Malaria in the Punjab - Number 46
Disease focus: Malaria
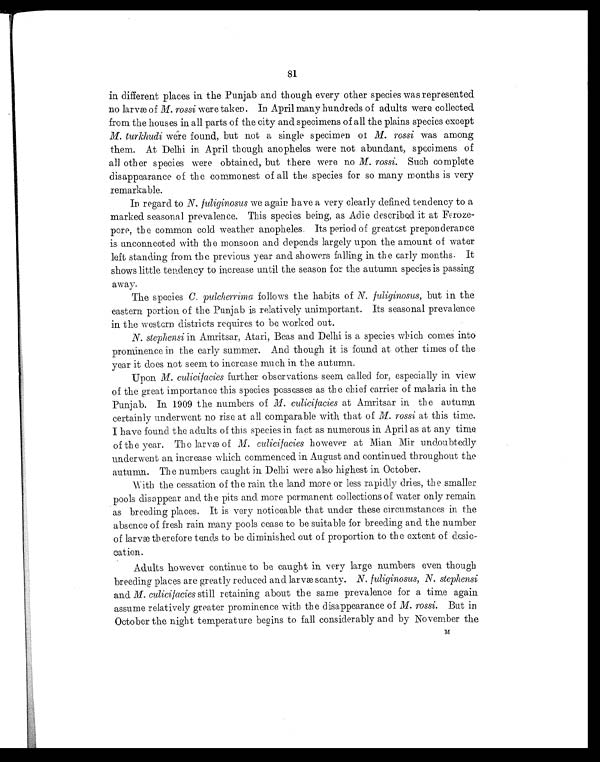
81
in different places in the Punjab and though every other species was represented
no larvæ of M. rossi were taken. In April many hundreds of adults were collected
from the houses in all parts of the city and specimens of all the plains species except
M. turkhudi were found, but not a single specimen of M. rossi was among
them. At Delhi in April though anopheles were not abundant, specimens of
all other species were obtained, but there were no M. rossi. Such complete
disappearance of the commonest of all the species for so many months is very
remarkable.
In regard. to N. fuliginosus we again have a very clearly defined tendency to a
marked seasonal prevalence. This species being, as Adie described it at Fcroze-
pore, the common cold weather anopheles. Its period of greatest preponderance
is unconnected with the monsoon and depends largely upon the amount of water
left standing from th e previous year and showers falling in the early months. It
shows little tendency to increase until the season for the autumn species is passing
away.
The species C. pulcherrima follows the habits of N. fuliginosus, but in the
eastern portion of the Punjab is relatively unimportant. Its seasonal prevalence
in the western districts requires to be worked out.
N. stephensi in Amritsar, Atari, Beas and Delhi is a species which comes into
prominence in the early summer. And though. it is found at other times of the
year it does not seem to increase much in the autumn.
Upon M. culicifacies further observations seem called for, especially in view
of the great importance this species possesses as the chief carrier of malaria in the
Punjab. In 1909 the numbers of M. culicifacies at Amritsar in the autumn
certainly underwent no rise at all comparable with that of M. rossi at this time.
I have found the adults of this species in fact as numerous in April as at any time
of the year. The larvæ of M. culicifacies however at Mian Mir undoubtedly
underwent an increase which commenced in August and continued throughout the
autumn. The numbers caught in Delhi were also highest in October.
With the cessation of the rain the land more or less rapidly dries, the smaller
pools disappear and the pits and more permanent collections of water only remain
as breeding places. It is very noticeable that under these circumstances in the
absence of fresh rain many pools cease to be suitable for breeding and the number
of larvæ therefore tends to be diminished out of proportion to a e extent of
desiccation.
Adults however continue to be caught in very large numbers even though
breeding places are greatly reduced and larvæ scanty. N. fuliginosus, N. stephensi
and M. culicifacies still retaining about the same prevalence for a time again
assume relatively greater prominence with the disappearance of M. rossi. But in
October the night temperature begins to fall considerably and by November the
M